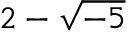
2 - { \sqrt { - 5 } }